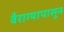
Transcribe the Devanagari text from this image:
वैराग्यापासून